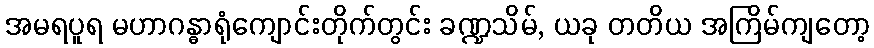
အမရပူရ မဟာဂန္ဓာရုံကျောင်းတိုက်တွင်း ခဏ္ဍသိမ်, ယခု တတိယ အကြိမ်ကျတော့